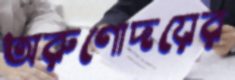
অরুণোদয়ের